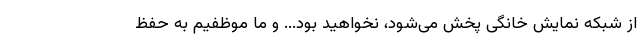
از شبکه نمایش خانگی پخش می‌شود، نخواهید بود... و ما موظفیم به حفظ